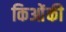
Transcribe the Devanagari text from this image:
किओंकी